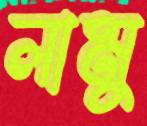
লামু